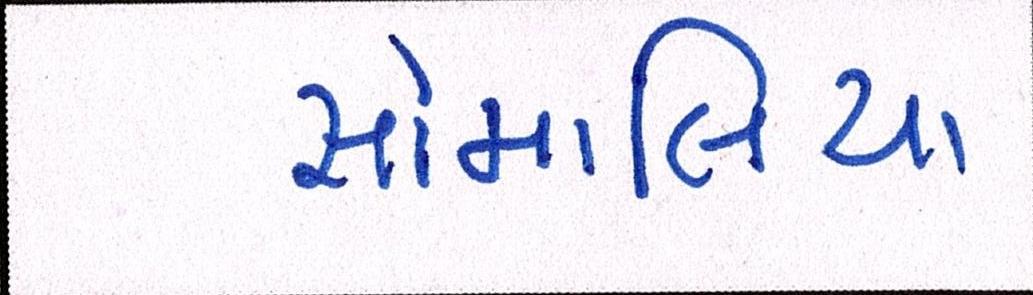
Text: સોમાલિયા